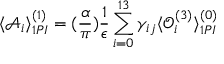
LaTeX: \langle \mathcal A _ { i } \rangle _ { 1 P I } ^ { ( 1 ) } = ( \frac { \alpha } { \pi } ) \frac { 1 } { \epsilon } \sum _ { i = 0 } ^ { 1 3 } \gamma _ { i j } \langle \mathcal O _ { i } ^ { ( 3 ) } \rangle _ { 1 P I } ^ { ( 0 ) }